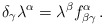
\begin{align*}\delta _\gamma \lambda ^\alpha =\lambda ^\beta f_{\beta \gamma}^\alpha \,. \end{align*}